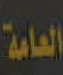
العامة